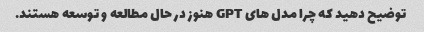
توضیح دهید که چرا مدل های GPT هنوز در حال مطالعه و توسعه هستند.